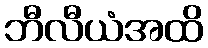
ဘီလီယံအထိ